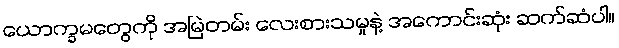
ယောက္ခမတွေကို အမြဲတမ်း လေးစားသမှုနဲ့ အကောင်းဆုံး ဆက်ဆံပါ။